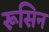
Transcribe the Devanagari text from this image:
रूसिन